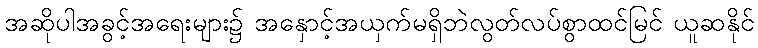
အဆိုပါအခွင့်အရေးများ၌ အနှောင့်အယှက်မရှိဘဲလွတ်လပ်စွာထင်မြင် ယူဆနိုင်